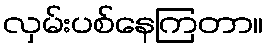
လှမ်းပစ်နေကြတာ။